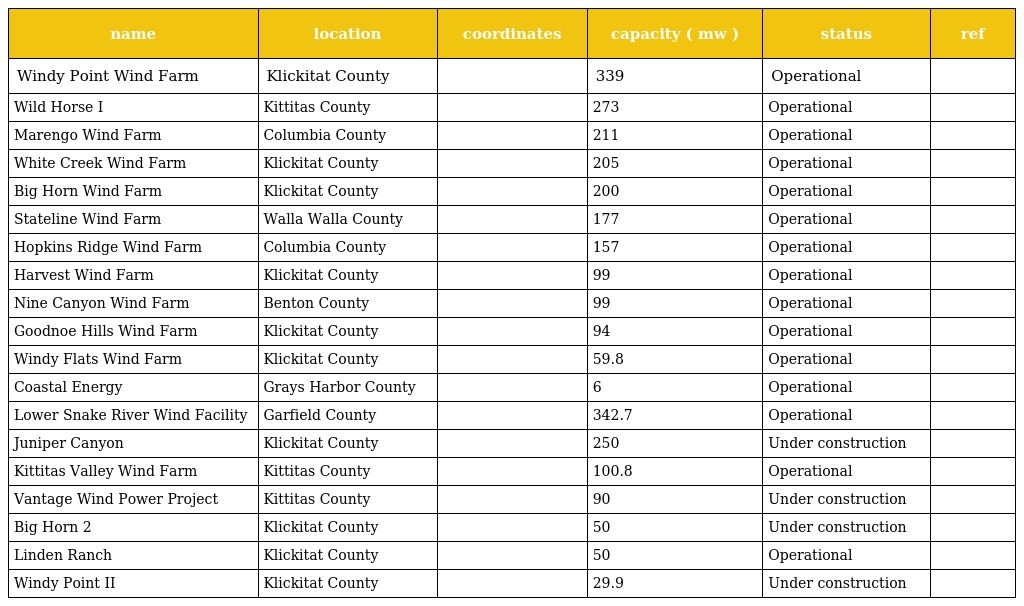
| name | location | coordinates | capacity ( mw ) | status | ref |
 | --- | --- | --- | --- | --- | --- |
 | Windy Point Wind Farm | Klickitat County |  | 339 | Operational |  |
 | Wild Horse I | Kittitas County |  | 273 | Operational |  |
 | Marengo Wind Farm | Columbia County |  | 211 | Operational |  |
 | White Creek Wind Farm | Klickitat County |  | 205 | Operational |  |
 | Big Horn Wind Farm | Klickitat County |  | 200 | Operational |  |
 | Stateline Wind Farm | Walla Walla County |  | 177 | Operational |  |
 | Hopkins Ridge Wind Farm | Columbia County |  | 157 | Operational |  |
 | Harvest Wind Farm | Klickitat County |  | 99 | Operational |  |
 | Nine Canyon Wind Farm | Benton County |  | 99 | Operational |  |
 | Goodnoe Hills Wind Farm | Klickitat County |  | 94 | Operational |  |
 | Windy Flats Wind Farm | Klickitat County |  | 59.8 | Operational |  |
 | Coastal Energy | Grays Harbor County |  | 6 | Operational |  |
 | Lower Snake River Wind Facility | Garfield County |  | 342.7 | Operational |  |
 | Juniper Canyon | Klickitat County |  | 250 | Under construction |  |
 | Kittitas Valley Wind Farm | Kittitas County |  | 100.8 | Operational |  |
 | Vantage Wind Power Project | Kittitas County |  | 90 | Under construction |  |
 | Big Horn 2 | Klickitat County |  | 50 | Under construction |  |
 | Linden Ranch | Klickitat County |  | 50 | Operational |  |
 | Windy Point II | Klickitat County |  | 29.9 | Under construction |  |